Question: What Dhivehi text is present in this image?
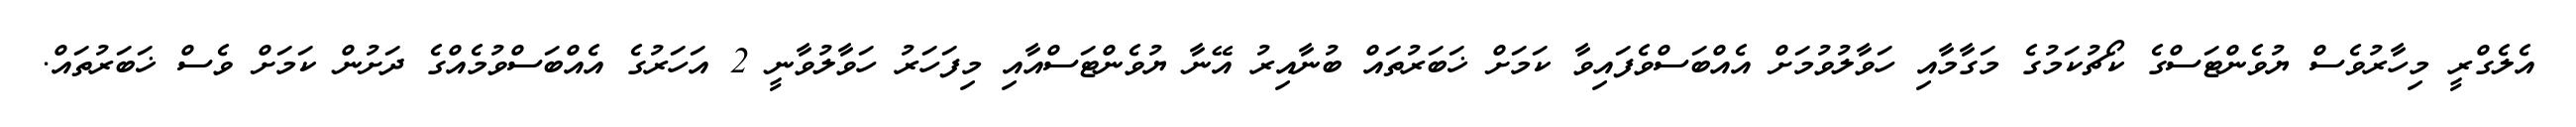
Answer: އެލެގްރީ މިހާރުވެސް ޔުވެންޓަސްގެ ކޯޗުކަމުގެ މަގާމާއި ހަވާލުވުމަށް އެއްބަސްވެފައިވާ ކަމަށް ޚަބަރުތައް ބުނާއިރު އޭނާ ޔުވެންޓަސްއާއި މިފަހަރު ހަވާލުވާނީ 2 އަހަރުގެ އެއްބަސްވުމެއްގެ ދަށުން ކަމަށް ވެސް ޚަބަރުތައް.